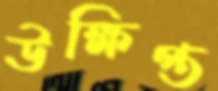
উক্ষিপ্ত